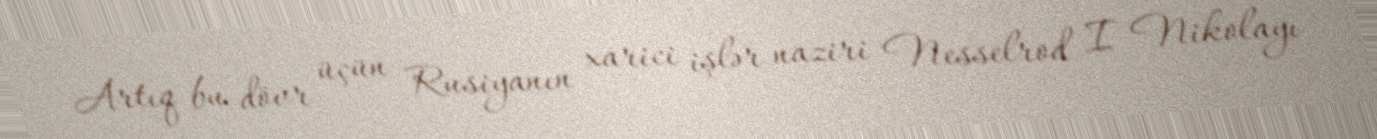
Artıq bu dövr üçün Rusiyanın xarici işlər naziri Nesselrod I Nikolayı